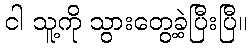
ငါ သူ့ကို သွားတွေ့ခဲ့ပြီးပြီ။